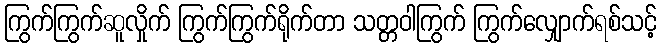
ကြွက်ကြွက်ဆူလှိုက် ကြွက်ကြွက်ရိုက်တာ သတ္တဝါကြွက် ကြွက်လျှောက်ရစ်သင့်